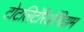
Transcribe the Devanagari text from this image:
टोटलिटॅरिॲनिझम